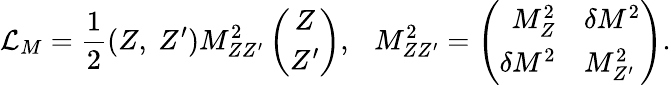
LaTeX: {\cal L}_{M}=\frac{1}{2}(Z,\ Z^{\prime})M_{ZZ^{\prime}}^{2}\left(\begin{array}{c}{{Z}}\\ {{Z^{\prime}}}\end{array}\right),\ \ \ M_{ZZ^{\prime}}^{2}=\left(\begin{array}{rl}{{M_{Z}^{2}}}&{{\delta M^{2}}}\\ {{\delta M^{2}}}&{{M_{Z^{\prime}}^{2}}}\end{array}\right).